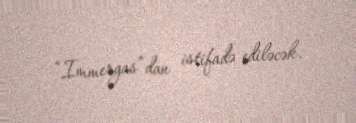
“Immergas”dan istifadə ediləcək.